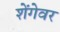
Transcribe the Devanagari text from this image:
शेंगेवर